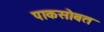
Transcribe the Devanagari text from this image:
पाकसोबत